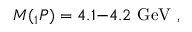
M ( { } _ { 1 } P ) = 4 . 1 \mathrm { - } 4 . 2 \ \mathrm { G e V } \ ,